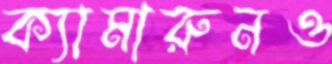
ক্যামারুনও